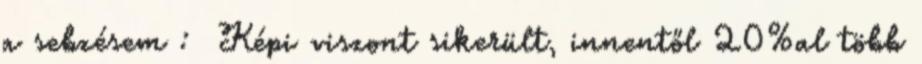
a sebzésem : Képi viszont sikerült, innentől 20%al több